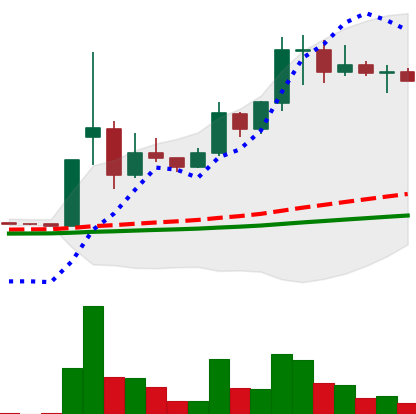
Ticker: DOGE-USD
Chart end date: 2021-02-13
Forward return: -10.397%
Label: down_7plus